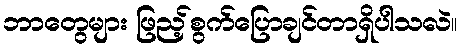
ဘာတွေများ ဖြည့်စွက်ပြောချင်တာရှိပါသလဲ။